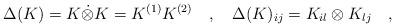
LaTeX: \begin{align*}\Delta(K)=K \dot{ \otimes} K=K^{(1)}K^{(2)} \quad , \quad \Delta(K)_{ij}=K_{il} \otimes K_{lj} \quad,\end{align*}